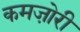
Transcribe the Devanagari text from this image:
कमजो़री